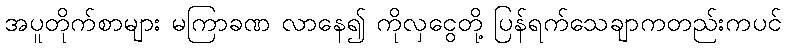
အပူတိုက်စာများ မကြာခဏ လာနေ၍ ကိုလှငွေတို့ ပြန်ရက်သေချာကတည်းကပင်